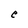
Character: e